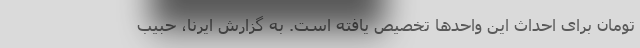
تومان برای احداث این واحدها تخصیص یافته است. به گزارش ایرنا، حبیب